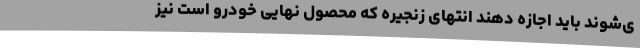
ی‌شوند باید اجازه دهند انتهای زنجیره که محصول نهایی خودرو است نیز